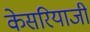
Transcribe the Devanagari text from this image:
केसरियाजी